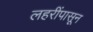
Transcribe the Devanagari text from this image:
लहरींपासून